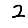
Digit: 2